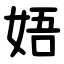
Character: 娪